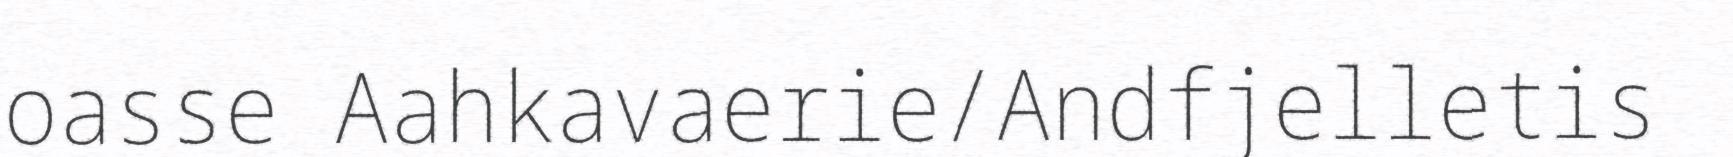
oasse Aahkavaerie/Andfjelletis